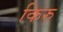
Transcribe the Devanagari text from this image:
किरु